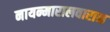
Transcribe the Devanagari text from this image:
नायन्मारालवाराश्च